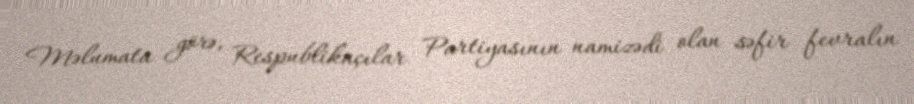
Məlumata görə, Respublikaçılar Partiyasının namizədi olan səfir fevralın